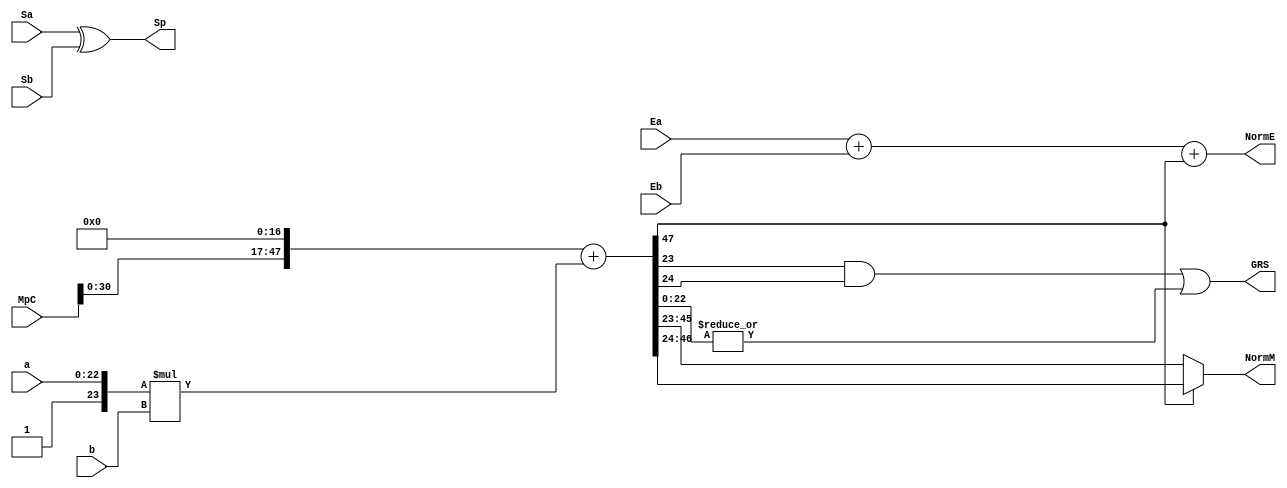
`timescale 1ns / 1ps

module FPMult_b(
		a,
		b,
		MpC,
		Ea,
		Eb,
		Sa,
		Sb,
		Sp,
		NormE,
		NormM,
		GRS
    );

	// Input ports
	input [22:0] a ;
	input [16:0] b ;
	input [47:0] MpC ;
	input [7:0] Ea ;						// A's exponent
	input [7:0] Eb ;						// B's exponent
	input Sa ;								// A's sign
	input Sb ;								// B's sign
	
	// Output ports
	output Sp ;								// Product sign
	output [8:0] NormE ;													// Normalized exponent
	output [22:0] NormM ;												// Normalized mantissa
	output GRS ;
	
	wire [47:0] Mp ;
	
	assign Sp = (Sa ^ Sb) ;												// Equal signs give a positive product
	
	assign Mp = (MpC<<17) + ({7'b0000001, a[22:0]}*{1'b0, b[16:0]}) ;
	
	assign NormM = (Mp[47] ? Mp[46:24] : Mp[45:23]); // Check for overflow
	assign NormE = (Ea + Eb + Mp[47]);								// If so, increment exponent
	
	assign GRS = ((Mp[23]&(Mp[24]))|(|Mp[22:0])) ;
	
endmodule